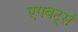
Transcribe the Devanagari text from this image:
एगबर्ट्स